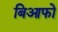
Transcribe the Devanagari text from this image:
बिआफो